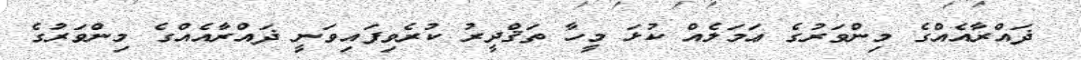
ޛައްރާއެއްގެ މިންވަރުގެ ޢަމަލެއް ކުޅަ މީހާ ތަޤްދީރު ކުރެވިފައިވަނީ ޛައްރާއެއްގެ މިންވަރުގެ